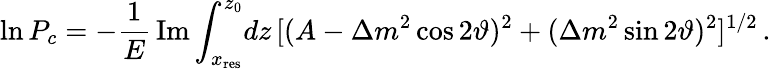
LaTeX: \ln P_{c}=-\frac{1}{E}\, \mathrm{Im}\int_{x_{\mathrm{res}}}^{z_{0}}\! dz\, [(A-\Delta m^{2}\cos 2\vartheta)^{2}+(\Delta m^{2}\sin 2\vartheta)^{2}]^{1/2}\, .